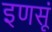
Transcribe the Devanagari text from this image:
इणसूं